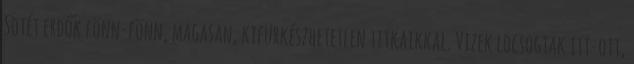
Sötét erdők fönn-fönn, magasan, kifürkészhetetlen titkaikkal. Vizek locsogtak itt-ott,